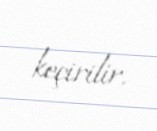
keçirilir.